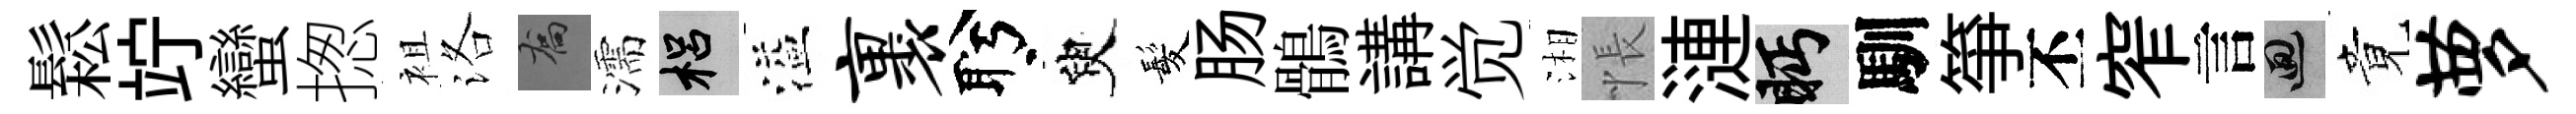
鬆竚蠻揔袓洛喬濡梠溢裹盻臾髪肠鶻講觉湘悵漣眄馴箏丕窄言回竟萝